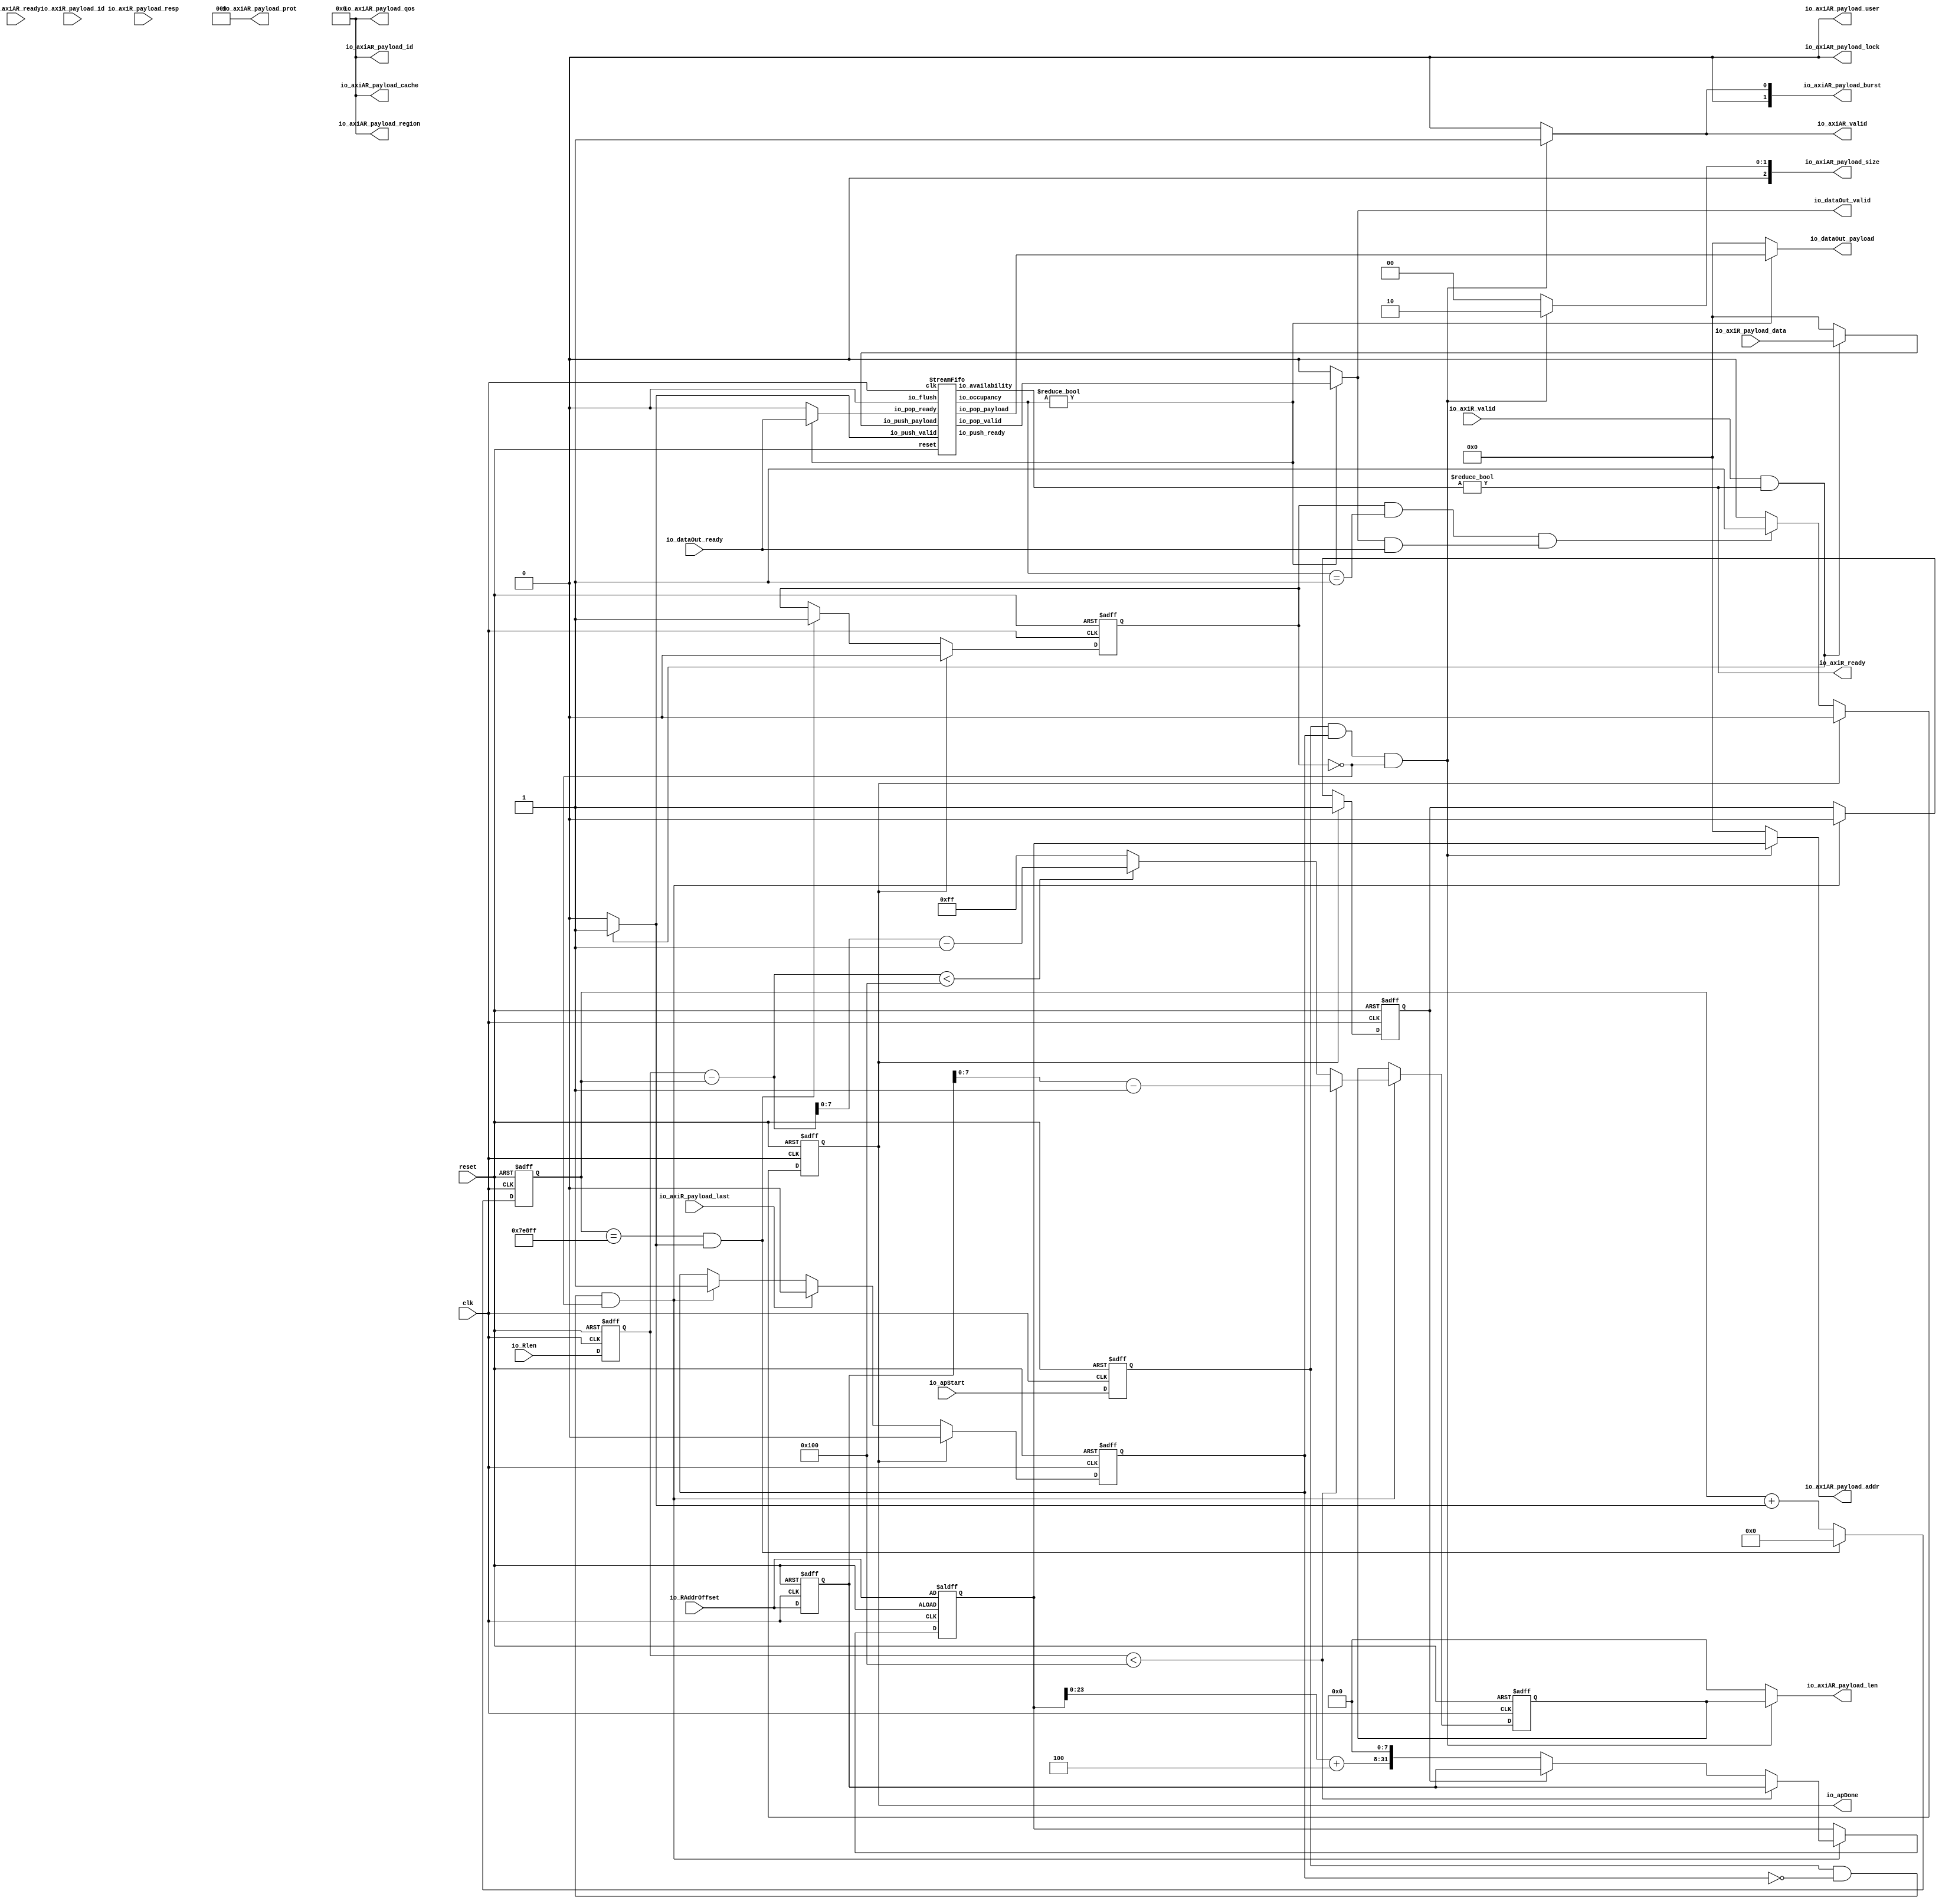
module AXI4MasterRead (
  output reg          io_dataOut_valid,
  input               io_dataOut_ready,
  output reg [31:0]   io_dataOut_payload,
  input               io_apStart,
  input      [31:0]   io_RAddrOffset,
  input      [31:0]   io_Rlen,
  output              io_apDone,
  output reg          io_axiAR_valid,
  input               io_axiAR_ready,
  output reg [31:0]   io_axiAR_payload_addr,
  output reg [3:0]    io_axiAR_payload_id,
  output reg [3:0]    io_axiAR_payload_region,
  output reg [7:0]    io_axiAR_payload_len,
  output reg [2:0]    io_axiAR_payload_size,
  output reg [1:0]    io_axiAR_payload_burst,
  output reg [0:0]    io_axiAR_payload_lock,
  output reg [3:0]    io_axiAR_payload_cache,
  output reg [3:0]    io_axiAR_payload_qos,
  output reg [0:0]    io_axiAR_payload_user,
  output reg [2:0]    io_axiAR_payload_prot,
  input               io_axiR_valid,
  output              io_axiR_ready,
  input      [31:0]   io_axiR_payload_data,
  input      [3:0]    io_axiR_payload_id,
  input      [1:0]    io_axiR_payload_resp,
  input               io_axiR_payload_last,
  input               clk,
  input               reset
);
  reg                 buffer_1_io_push_valid;
  reg        [31:0]   buffer_1_io_push_payload;
  reg                 buffer_1_io_pop_ready;
  wire                buffer_1_io_push_ready;
  wire                buffer_1_io_pop_valid;
  wire       [31:0]   buffer_1_io_pop_payload;
  wire       [5:0]    buffer_1_io_occupancy;
  wire       [5:0]    buffer_1_io_availability;
  wire       [18:0]   CICC1851_dataCounter_valueNext;
  wire       [0:0]    CICC1851_dataCounter_valueNext_1;
  wire       [31:0]   CICC1851_resdata;
  wire       [31:0]   CICC1851_regArLen;
  wire       [39:0]   CICC1851_regArAddr;
  wire       [31:0]   CICC1851_regArAddr_1;
  wire       [31:0]   CICC1851_regArLen_1;
  reg                 regApStart;
  reg        [31:0]   regRAO;
  reg        [31:0]   regALLRlen;
  reg                 dataCounter_willIncrement;
  wire                dataCounter_willClear;
  reg        [18:0]   dataCounter_valueNext;
  reg        [18:0]   dataCounter_value;
  wire                dataCounter_willOverflowIfInc;
  wire                dataCounter_willOverflow;
  reg        [31:0]   regArAddr;
  reg        [7:0]    regArLen;
  reg                 regConfigFinish;
  reg                 regApDone;
  reg                 firstIn;
  reg                 regReadFinsh;
  wire       [31:0]   resdata;
  wire                __AxiMasterRead_r1;
  wire                __AxiMasterRead_r2;
  wire                __AxiMasterRead_r3;
  wire                __AxiMasterRead_r4;
  wire                __AxiMasterRead_r5;
  wire                __AxiMasterRead_r6;
  wire                __AxiMasterRead_r7;

  assign CICC1851_dataCounter_valueNext_1 = dataCounter_willIncrement;
  assign CICC1851_dataCounter_valueNext = {18'd0, CICC1851_dataCounter_valueNext_1};
  assign CICC1851_resdata = {13'd0, dataCounter_value};
  assign CICC1851_regArLen = (regRAO - 32'h00000001);
  assign CICC1851_regArAddr = ({8'd0,CICC1851_regArAddr_1} <<< 8);
  assign CICC1851_regArAddr_1 = (regArAddr + 32'h00000004);
  assign CICC1851_regArLen_1 = (resdata - 32'h00000001);
  StreamFifo buffer_1 (
    .io_push_valid      (buffer_1_io_push_valid    ), //i
    .io_push_ready      (buffer_1_io_push_ready    ), //o
    .io_push_payload    (buffer_1_io_push_payload  ), //i
    .io_pop_valid       (buffer_1_io_pop_valid     ), //o
    .io_pop_ready       (buffer_1_io_pop_ready     ), //i
    .io_pop_payload     (buffer_1_io_pop_payload   ), //o
    .io_flush           (1'b0                      ), //i
    .io_occupancy       (buffer_1_io_occupancy     ), //o
    .io_availability    (buffer_1_io_availability  ), //o
    .clk                (clk                       ), //i
    .reset              (reset                     )  //i
  );
  always @(*) begin
    dataCounter_willIncrement = 1'b0;
    if(__AxiMasterRead_r5) begin
      dataCounter_willIncrement = 1'b1;
    end
  end

  assign dataCounter_willClear = 1'b0;
  assign dataCounter_willOverflowIfInc = (dataCounter_value == 19'h7e8ff);
  assign dataCounter_willOverflow = (dataCounter_willOverflowIfInc && dataCounter_willIncrement);
  always @(*) begin
    if(dataCounter_willOverflow) begin
      dataCounter_valueNext = 19'h0;
    end else begin
      dataCounter_valueNext = (dataCounter_value + CICC1851_dataCounter_valueNext);
    end
    if(dataCounter_willClear) begin
      dataCounter_valueNext = 19'h0;
    end
  end

  assign resdata = (regALLRlen - CICC1851_resdata);
  assign __AxiMasterRead_r1 = ((regApStart && (! regConfigFinish)) && (! regReadFinsh));
  assign __AxiMasterRead_r2 = (regALLRlen < 32'h00000100);
  assign __AxiMasterRead_r3 = (resdata < 32'h00000100);
  assign __AxiMasterRead_r4 = ((regApStart && regConfigFinish) && (! regReadFinsh));
  always @(*) begin
    if(__AxiMasterRead_r4) begin
      io_axiAR_valid = 1'b1;
    end else begin
      io_axiAR_valid = 1'b0;
    end
  end

  always @(*) begin
    if(__AxiMasterRead_r4) begin
      io_axiAR_payload_addr = regArAddr;
    end else begin
      io_axiAR_payload_addr = 32'h0;
    end
  end

  always @(*) begin
    if(__AxiMasterRead_r4) begin
      io_axiAR_payload_burst = 2'b01;
    end else begin
      io_axiAR_payload_burst = 2'b00;
    end
  end

  always @(*) begin
    if(__AxiMasterRead_r4) begin
      io_axiAR_payload_size = 3'b010;
    end else begin
      io_axiAR_payload_size = 3'b000;
    end
  end

  always @(*) begin
    if(__AxiMasterRead_r4) begin
      io_axiAR_payload_len = regArLen;
    end else begin
      io_axiAR_payload_len = 8'h0;
    end
  end

  always @(*) begin
    if(__AxiMasterRead_r4) begin
      io_axiAR_payload_id = 4'b0000;
    end else begin
      io_axiAR_payload_id = 4'b0000;
    end
  end

  always @(*) begin
    if(__AxiMasterRead_r4) begin
      io_axiAR_payload_lock = 1'b0;
    end else begin
      io_axiAR_payload_lock = 1'b0;
    end
  end

  always @(*) begin
    if(__AxiMasterRead_r4) begin
      io_axiAR_payload_region = 4'b0000;
    end else begin
      io_axiAR_payload_region = 4'b0000;
    end
  end

  always @(*) begin
    if(__AxiMasterRead_r4) begin
      io_axiAR_payload_cache = 4'b0000;
    end else begin
      io_axiAR_payload_cache = 4'b0000;
    end
  end

  always @(*) begin
    if(__AxiMasterRead_r4) begin
      io_axiAR_payload_qos = 4'b0000;
    end else begin
      io_axiAR_payload_qos = 4'b0000;
    end
  end

  always @(*) begin
    if(__AxiMasterRead_r4) begin
      io_axiAR_payload_user = 1'b0;
    end else begin
      io_axiAR_payload_user = 1'b0;
    end
  end

  always @(*) begin
    if(__AxiMasterRead_r4) begin
      io_axiAR_payload_prot = 3'b000;
    end else begin
      io_axiAR_payload_prot = 3'b000;
    end
  end

  assign io_axiR_ready = (buffer_1_io_availability != 6'h0);
  assign __AxiMasterRead_r5 = (io_axiR_valid && io_axiR_ready);
  always @(*) begin
    if(__AxiMasterRead_r5) begin
      buffer_1_io_push_valid = 1'b1;
    end else begin
      buffer_1_io_push_valid = 1'b0;
    end
  end

  always @(*) begin
    if(__AxiMasterRead_r5) begin
      buffer_1_io_push_payload = io_axiR_payload_data;
    end else begin
      buffer_1_io_push_payload = 32'h0;
    end
  end

  assign __AxiMasterRead_r6 = (buffer_1_io_occupancy != 6'h0);
  always @(*) begin
    if(__AxiMasterRead_r6) begin
      io_dataOut_valid = buffer_1_io_pop_valid;
    end else begin
      io_dataOut_valid = 1'b0;
    end
  end

  always @(*) begin
    if(__AxiMasterRead_r6) begin
      buffer_1_io_pop_ready = io_dataOut_ready;
    end else begin
      buffer_1_io_pop_ready = 1'b0;
    end
  end

  always @(*) begin
    if(__AxiMasterRead_r6) begin
      io_dataOut_payload = buffer_1_io_pop_payload;
    end else begin
      io_dataOut_payload = 32'h0;
    end
  end

  assign __AxiMasterRead_r7 = ((regReadFinsh && (buffer_1_io_occupancy == 6'h01)) && (io_dataOut_valid && io_dataOut_ready));
  assign io_apDone = regApDone;
  always @(posedge clk or posedge reset) begin
    if(reset) begin
      regApStart <= 1'b0;
      regRAO <= 32'h0;
      regALLRlen <= 32'h0;
      dataCounter_value <= 19'h0;
      regArAddr <= io_RAddrOffset;
      regArLen <= 8'h0;
      regConfigFinish <= 1'b0;
      regApDone <= 1'b0;
      firstIn <= 1'b1;
      regReadFinsh <= 1'b0;
    end else begin
      regApStart <= io_apStart;
      regRAO <= io_RAddrOffset;
      regALLRlen <= io_Rlen;
      dataCounter_value <= dataCounter_valueNext;
      if(__AxiMasterRead_r1) begin
        if(__AxiMasterRead_r2) begin
          regArAddr <= regRAO;
          regArLen <= CICC1851_regArLen[7:0];
          firstIn <= 1'b0;
        end else begin
          if(firstIn) begin
            regArAddr <= regRAO;
            firstIn <= 1'b0;
          end else begin
            regArAddr <= CICC1851_regArAddr[31:0];
          end
          if(__AxiMasterRead_r3) begin
            regArLen <= CICC1851_regArLen_1[7:0];
          end else begin
            regArLen <= 8'hff;
          end
        end
        regConfigFinish <= 1'b1;
      end
      if(io_axiR_payload_last) begin
        regConfigFinish <= 1'b0;
      end
      if(dataCounter_willOverflow) begin
        regReadFinsh <= 1'b1;
      end
      if(__AxiMasterRead_r7) begin
        regApDone <= 1'b1;
      end
      if(regApDone) begin
        regConfigFinish <= 1'b0;
        firstIn <= 1'b1;
        regReadFinsh <= 1'b0;
        regApDone <= 1'b0;
      end
    end
  end


endmodule

module StreamFifo (
  input               io_push_valid,
  output              io_push_ready,
  input      [31:0]   io_push_payload,
  output              io_pop_valid,
  input               io_pop_ready,
  output     [31:0]   io_pop_payload,
  input               io_flush,
  output     [5:0]    io_occupancy,
  output     [5:0]    io_availability,
  input               clk,
  input               reset
);
  reg        [31:0]   CICC1851_logic_ram_port0;
  wire       [4:0]    CICC1851_logic_pushPtr_valueNext;
  wire       [0:0]    CICC1851_logic_pushPtr_valueNext_1;
  wire       [4:0]    CICC1851_logic_popPtr_valueNext;
  wire       [0:0]    CICC1851_logic_popPtr_valueNext_1;
  wire                CICC1851_logic_ram_port;
  wire                CICC1851_io_pop_payload;
  wire       [4:0]    CICC1851_io_availability;
  reg                 CICC1851_1;
  reg                 logic_pushPtr_willIncrement;
  reg                 logic_pushPtr_willClear;
  reg        [4:0]    logic_pushPtr_valueNext;
  reg        [4:0]    logic_pushPtr_value;
  wire                logic_pushPtr_willOverflowIfInc;
  wire                logic_pushPtr_willOverflow;
  reg                 logic_popPtr_willIncrement;
  reg                 logic_popPtr_willClear;
  reg        [4:0]    logic_popPtr_valueNext;
  reg        [4:0]    logic_popPtr_value;
  wire                logic_popPtr_willOverflowIfInc;
  wire                logic_popPtr_willOverflow;
  wire                logic_ptrMatch;
  reg                 logic_risingOccupancy;
  wire                logic_pushing;
  wire                logic_popping;
  wire                logic_empty;
  wire                logic_full;
  reg                 CICC1851_io_pop_valid;
  wire                __Stream_l955;
  wire       [4:0]    logic_ptrDif;
  reg [31:0] logic_ram [0:31];

  assign CICC1851_logic_pushPtr_valueNext_1 = logic_pushPtr_willIncrement;
  assign CICC1851_logic_pushPtr_valueNext = {4'd0, CICC1851_logic_pushPtr_valueNext_1};
  assign CICC1851_logic_popPtr_valueNext_1 = logic_popPtr_willIncrement;
  assign CICC1851_logic_popPtr_valueNext = {4'd0, CICC1851_logic_popPtr_valueNext_1};
  assign CICC1851_io_availability = (logic_popPtr_value - logic_pushPtr_value);
  assign CICC1851_io_pop_payload = 1'b1;
  always @(posedge clk) begin
    if(CICC1851_io_pop_payload) begin
      CICC1851_logic_ram_port0 <= logic_ram[logic_popPtr_valueNext];
    end
  end

  always @(posedge clk) begin
    if(CICC1851_1) begin
      logic_ram[logic_pushPtr_value] <= io_push_payload;
    end
  end

  always @(*) begin
    CICC1851_1 = 1'b0;
    if(logic_pushing) begin
      CICC1851_1 = 1'b1;
    end
  end

  always @(*) begin
    logic_pushPtr_willIncrement = 1'b0;
    if(logic_pushing) begin
      logic_pushPtr_willIncrement = 1'b1;
    end
  end

  always @(*) begin
    logic_pushPtr_willClear = 1'b0;
    if(io_flush) begin
      logic_pushPtr_willClear = 1'b1;
    end
  end

  assign logic_pushPtr_willOverflowIfInc = (logic_pushPtr_value == 5'h1f);
  assign logic_pushPtr_willOverflow = (logic_pushPtr_willOverflowIfInc && logic_pushPtr_willIncrement);
  always @(*) begin
    logic_pushPtr_valueNext = (logic_pushPtr_value + CICC1851_logic_pushPtr_valueNext);
    if(logic_pushPtr_willClear) begin
      logic_pushPtr_valueNext = 5'h0;
    end
  end

  always @(*) begin
    logic_popPtr_willIncrement = 1'b0;
    if(logic_popping) begin
      logic_popPtr_willIncrement = 1'b1;
    end
  end

  always @(*) begin
    logic_popPtr_willClear = 1'b0;
    if(io_flush) begin
      logic_popPtr_willClear = 1'b1;
    end
  end

  assign logic_popPtr_willOverflowIfInc = (logic_popPtr_value == 5'h1f);
  assign logic_popPtr_willOverflow = (logic_popPtr_willOverflowIfInc && logic_popPtr_willIncrement);
  always @(*) begin
    logic_popPtr_valueNext = (logic_popPtr_value + CICC1851_logic_popPtr_valueNext);
    if(logic_popPtr_willClear) begin
      logic_popPtr_valueNext = 5'h0;
    end
  end

  assign logic_ptrMatch = (logic_pushPtr_value == logic_popPtr_value);
  assign logic_pushing = (io_push_valid && io_push_ready);
  assign logic_popping = (io_pop_valid && io_pop_ready);
  assign logic_empty = (logic_ptrMatch && (! logic_risingOccupancy));
  assign logic_full = (logic_ptrMatch && logic_risingOccupancy);
  assign io_push_ready = (! logic_full);
  assign io_pop_valid = ((! logic_empty) && (! (CICC1851_io_pop_valid && (! logic_full))));
  assign io_pop_payload = CICC1851_logic_ram_port0;
  assign __Stream_l955 = (logic_pushing != logic_popping);
  assign logic_ptrDif = (logic_pushPtr_value - logic_popPtr_value);
  assign io_occupancy = {(logic_risingOccupancy && logic_ptrMatch),logic_ptrDif};
  assign io_availability = {((! logic_risingOccupancy) && logic_ptrMatch),CICC1851_io_availability};
  always @(posedge clk or posedge reset) begin
    if(reset) begin
      logic_pushPtr_value <= 5'h0;
      logic_popPtr_value <= 5'h0;
      logic_risingOccupancy <= 1'b0;
      CICC1851_io_pop_valid <= 1'b0;
    end else begin
      logic_pushPtr_value <= logic_pushPtr_valueNext;
      logic_popPtr_value <= logic_popPtr_valueNext;
      CICC1851_io_pop_valid <= (logic_popPtr_valueNext == logic_pushPtr_value);
      if(__Stream_l955) begin
        logic_risingOccupancy <= logic_pushing;
      end
      if(io_flush) begin
        logic_risingOccupancy <= 1'b0;
      end
    end
  end


endmodule